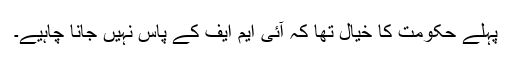
پہلے حکومت کا خیال تھا کہ آئی ایم ایف کے پاس نہیں جانا چاہیے۔